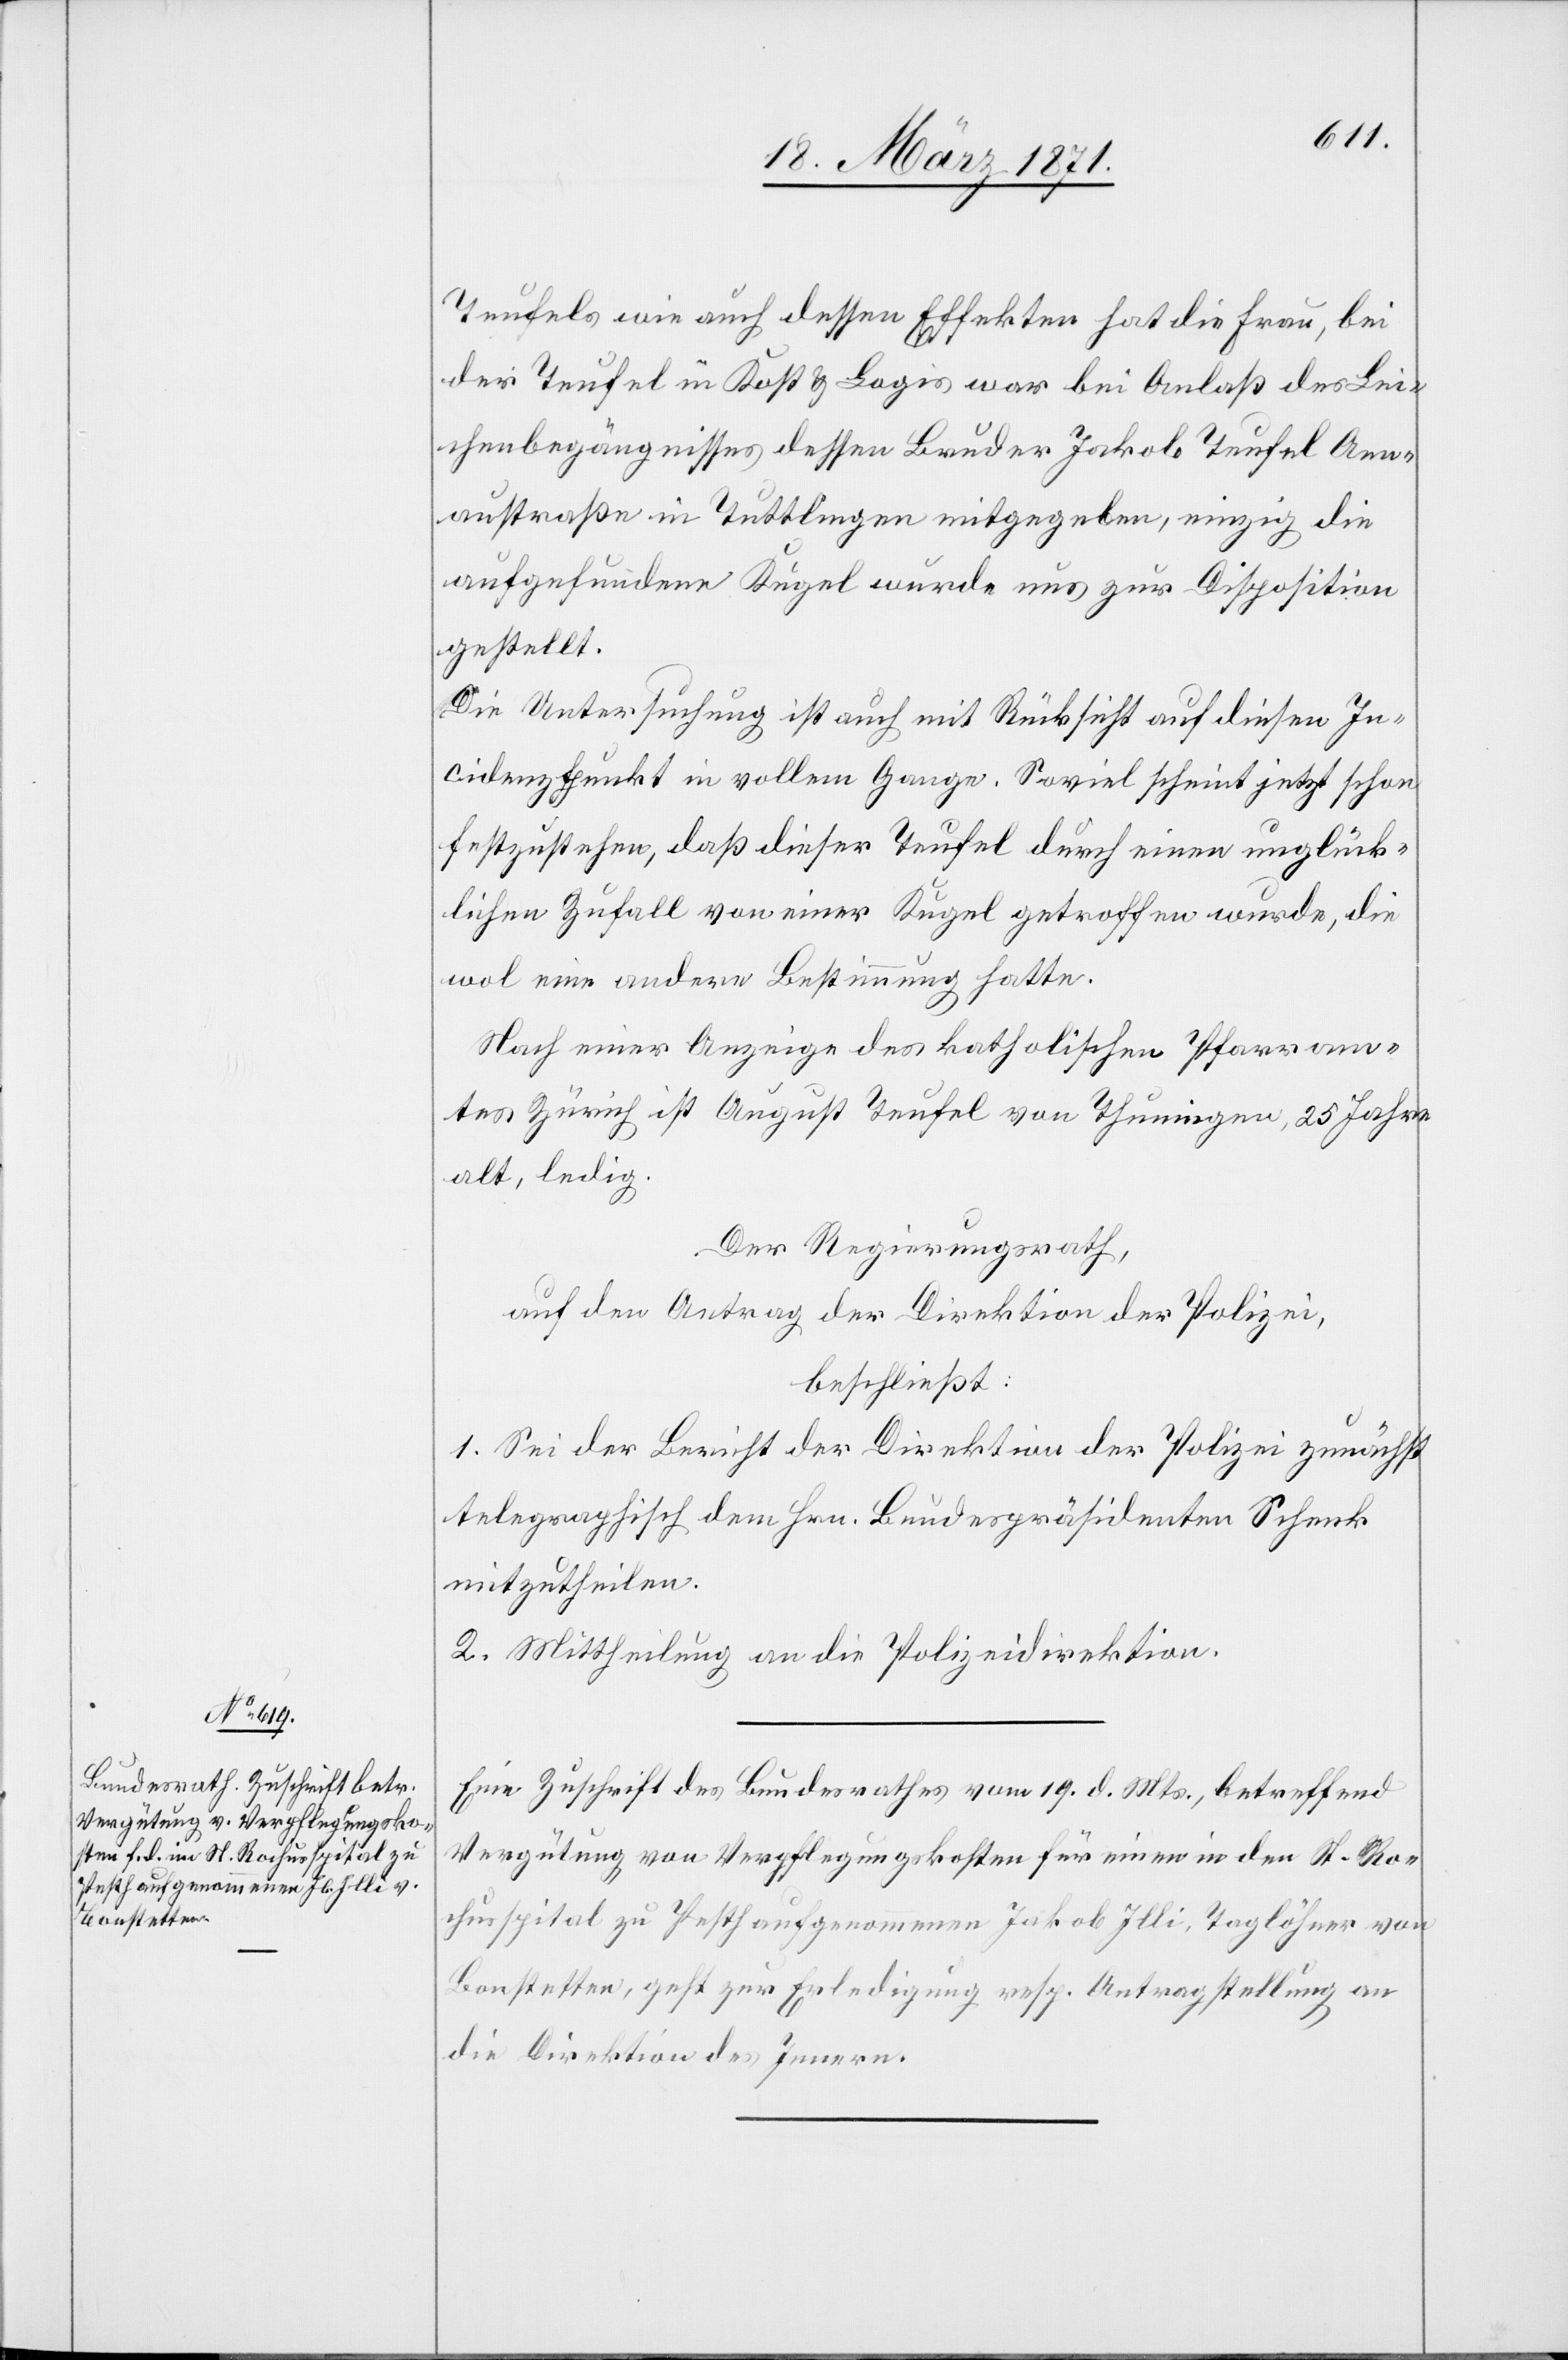
22. März 1871.]
Teufels wie auch dessen Effekten hat die Frau, bei
der Teufel in Kost u. Logis war bei Anlaß des Lei¬
chenbegängnisses dessen Bruder Jakob Teufel [?An¬
n]austraße in Tuttlingen mitgegeben, einzig die
aufgefundene Kugel wurde uns zur Disposition
gestellt.
Die Untersuchung ist auch mit Rücksicht auf diesen In¬
cidenzpunkt in vollem Gange. Soviel scheint jetzt schon
festzustehen, daß dieser Teufel durch einen unglück¬
lichen Zufall von einer Kugel getroffen wurde, die
wol eine andere Bestimmung hatte.
Nach einer Anzeige des katholischen Pfarram¬
tes Zürich ist August Teufel von Thuningen [sic!], 25 Jahre
alt, ledig.
Der Regierungsrath,
auf den Antrag der Direktion der Polizei,
beschließt:
1. Sei der Bericht der Direktion der Polizei zunächst
telegraphisch dem Hrn. Bundespräsidenten Schenk
mitzutheilen.
2. Mittheilung an die Polizeidirektion.
Eine Zuschrift des Bundesrathes vom 19. d. Mts., betreffend
Vergütung von Verpflegungskosten für einen in den St. Ro¬
chusspital zu Pesth aufgenommenen Jakob Illi, Taglöhner von
Bonstetten, geht zur Erledigung resp. Antragstellung an
die Direktion des Innern.